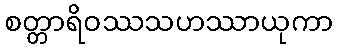
စတ္တာရိဝဿသဟဿာယုကာ